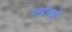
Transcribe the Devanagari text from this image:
हन्देरसों